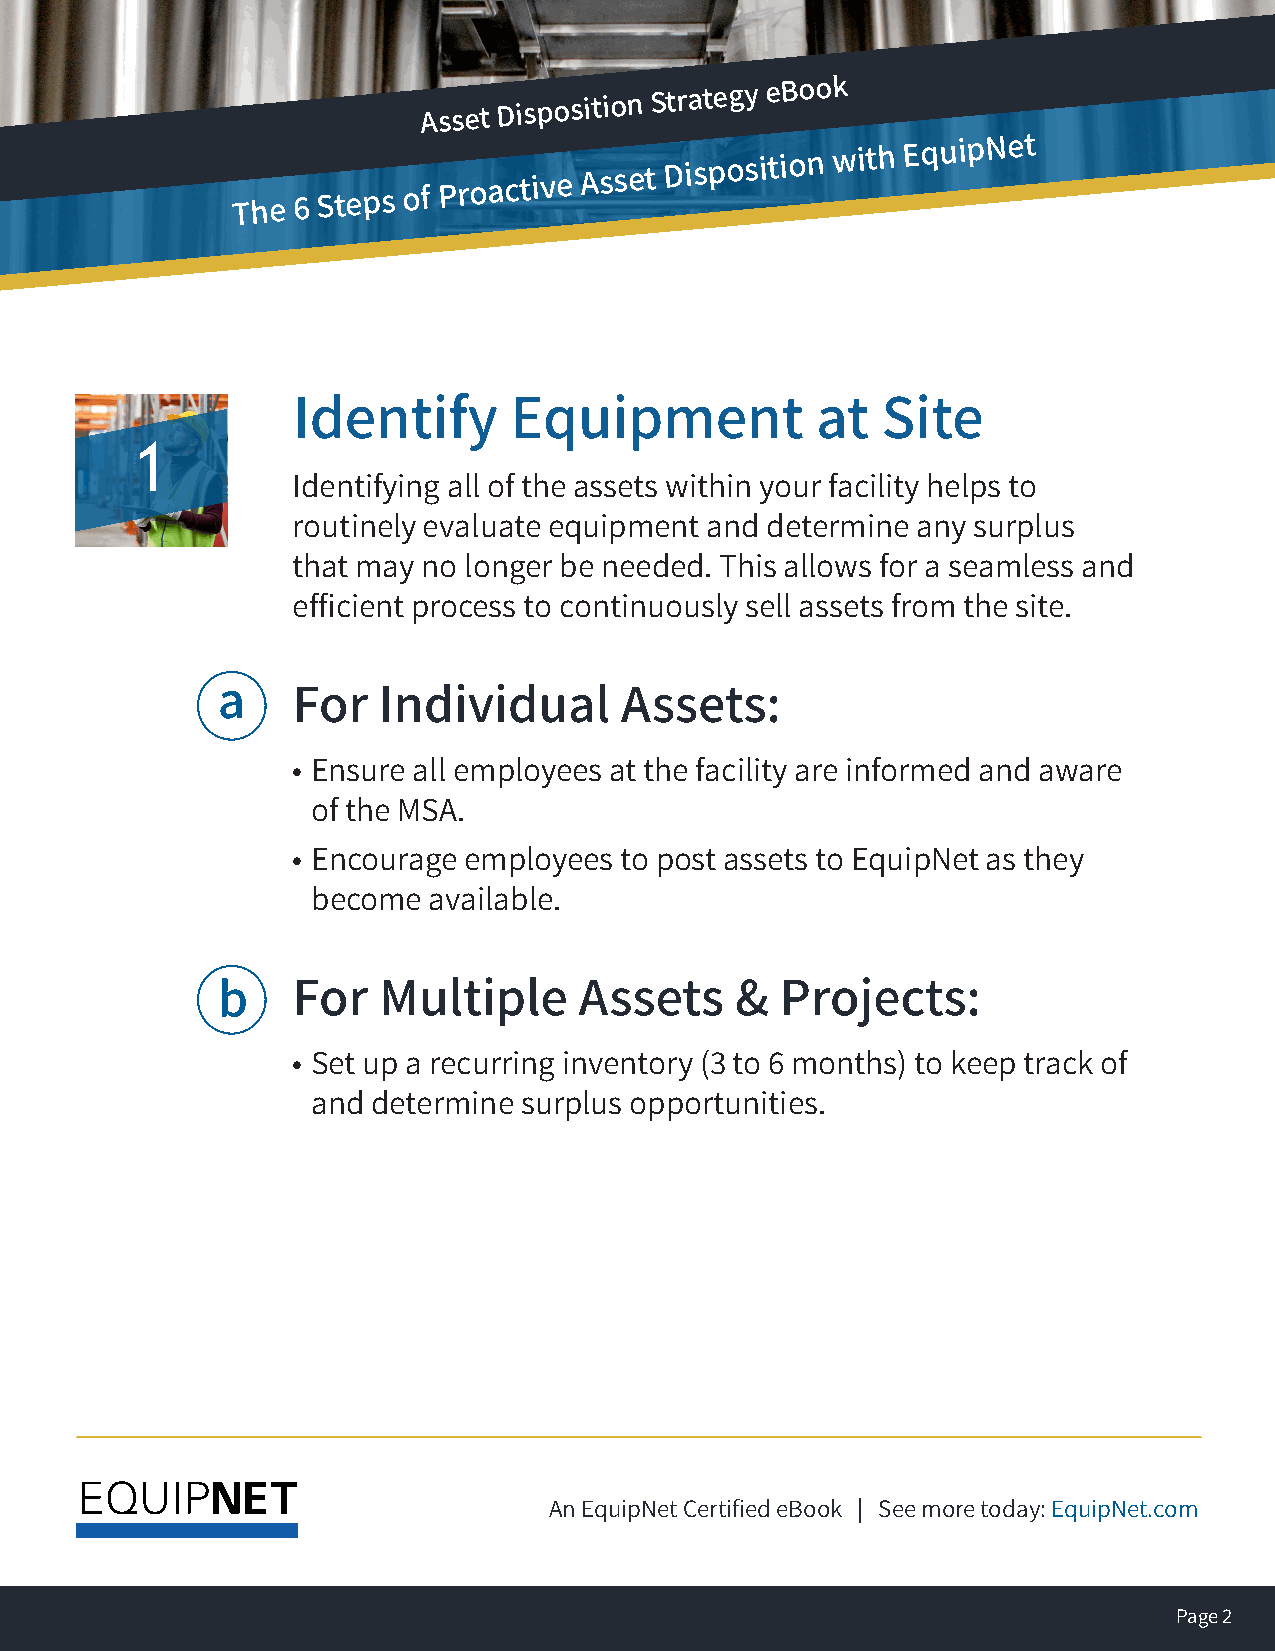
Asset
 Disposition
 Strategy EBook
 The 6
 Steps
 oA
 f
 Pss re ot
 a
 D ci ts ip vo es Ait sio sn
 e
 tS Dtr ia st pe ogy
 s
 ie tiB oo no wk
 ith EquipNet                         The 6 Steps of Proactive Asset
 Disposition with EquipNet
 Identify       Equipment           at  Site
 1
 Identifying all of the assets within your facility helps to
 routinely evaluate equipment and determine any surplus
 that may no longer be needed. This allows for a seamless and
 efficient process to continuously sell assets from the site.
 a    For   Individual      Assets:
 • Ensure all employees at the facility are informed and aware
 of the MSA.
 • Encourage employees to post assets to EquipNet as they
 become available.
 b    For   Multiple     Assets     &  Projects:
 • Set up a recurring inventory (3 to 6 months) to keep track of
 and determine surplus opportunities.
 An EquipNet Certified eBook | See more today: EquipNet.com
 Page 2